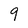
Character: q